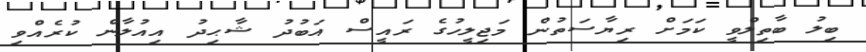
ބިލު ބާތިލްވީ ކަމަށް ރިޔާސަތުން މަޖިލީހުގެ ރައީސް އަބުދު ޝާޙިދު އިއުލާން ކުރެއްވި